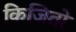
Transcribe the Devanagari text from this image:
किजितो